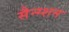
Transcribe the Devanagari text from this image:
सैन्ग्शन